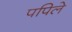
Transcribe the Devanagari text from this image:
पपिले